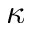
\kappa